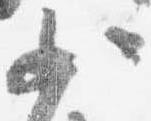
少